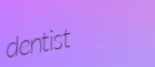
dentist